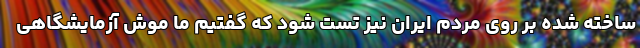
ساخته شده بر روی مردم ایران نیز تست شود که گفتیم ما موش آزمایشگاهی